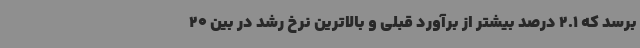
برسد که 2.1 درصد بیشتر از برآورد قبلی و بالاترین نرخ رشد در بین 20